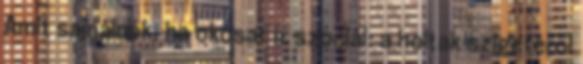
Amit sajnálnék, ha okosat ír szociál: a holtak szigetéröl